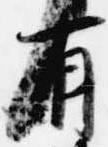
有